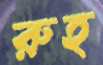
রুহ